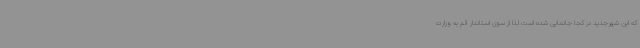
که این شهرجدید در کجا جانمایی شده است لذا از سوی استاندار قم به وزارت